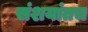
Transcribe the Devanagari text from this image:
संशयांतच